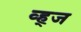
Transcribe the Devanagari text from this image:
व्ह्ज